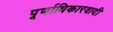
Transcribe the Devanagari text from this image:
पूर्णाधिकारवादी